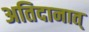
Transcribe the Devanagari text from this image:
अतिदानात्